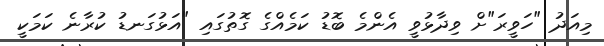
މިއަދު "ހަވީރަ"ށް ވިދާޅުވީ އެންމެ ބޮޑު ކަމެއްގެ ގޮތުގައި "އަޅުގަނޑު ކުރާނެ ކަމަކީ